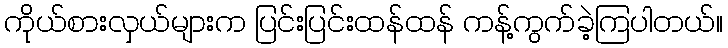
ကိုယ်စားလှယ်များက ပြင်းပြင်းထန်ထန် ကန့်ကွက်ခဲ့ကြပါတယ်။